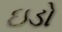
ઇડો